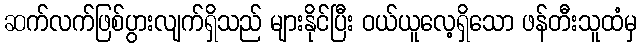
ဆက်လက်ဖြစ်ပွားလျက်ရှိသည် များနိုင်ပြီး ဝယ်ယူလေ့ရှိသော ဖန်တီးသူထံမှ